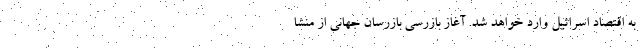
به اقتصاد اسرائیل وارد خواهد شد. آغاز بازرسی بازرسان جهانی از منشا